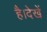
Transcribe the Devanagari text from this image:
है।देखें